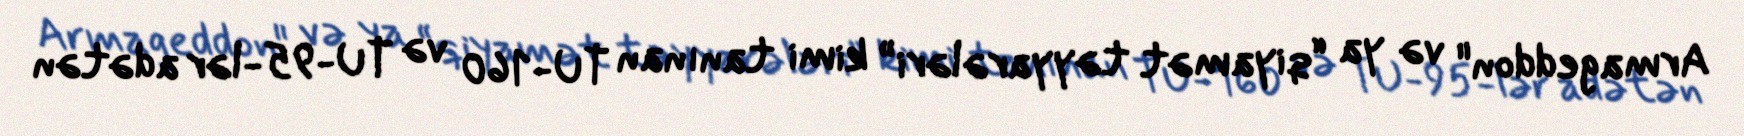
Armageddon" və ya “qiyamət təyyarələri” kimi tanınan TU-160 və TU-95-lər adətən